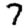
Digit: 7